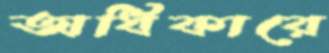
অধিকারে